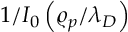
1 / I _ { 0 } \left( \varrho _ { p } / \lambda _ { D } \right)